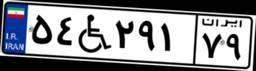
۵۴W۲۹۱۷۹